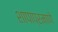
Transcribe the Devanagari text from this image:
शापाप्रमाणे